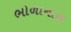
ભોળાનાથ